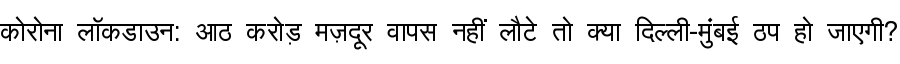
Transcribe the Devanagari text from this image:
कोरोना लॉकडाउन: आठ करोड़ मज़दूर वापस नहीं लौटे तो क्या दिल्ली-मुंबई ठप हो जाएगी?